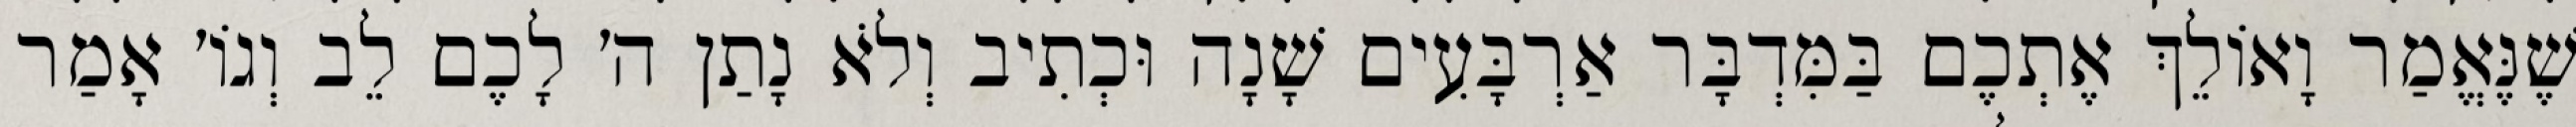
שֶׁנֶּאֱמַר וָאוֹלֵךְ אֶתְכֶם בַּמִּדְבָּר אַרְבָּעִים שָׁנָה וּכְתִיב וְלֹא נָתַן ה׳ לָכֶם לֵב וְגוֹ׳ אָמַר